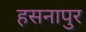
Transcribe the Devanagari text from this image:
हसनापुर